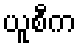
ယူစီက